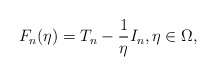
\begin{align*}F_n(\eta) = T_n - \frac{1}{\eta} I_n, \eta \in \Omega,\end{align*}